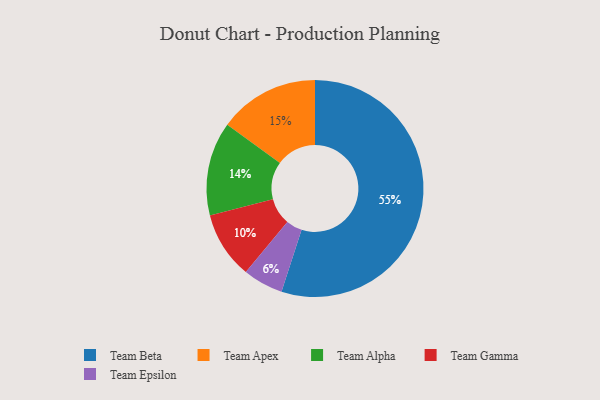
{"axis": {"x": "Category", "y": "Percentage"}, "legend": ["Team Alpha", "Team Apex", "Team Beta", "Team Epsilon", "Team Gamma"], "data": [{"x": "Team Epsilon", "y": 6, "type": "Team Epsilon"}, {"x": "Team Alpha", "y": 14, "type": "Team Alpha"}, {"x": "Team Beta", "y": 55, "type": "Team Beta"}, {"x": "Team Gamma", "y": 10, "type": "Team Gamma"}, {"x": "Team Apex", "y": 15, "type": "Team Apex"}]}